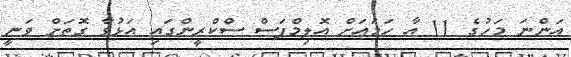
އަންނަ މަހުގެ 11 އާ ހަމައަށް އޮލިމްޕަސް ސްކްރީންގައި އަޅުވާާ ގޮަތަށް ވަނީ